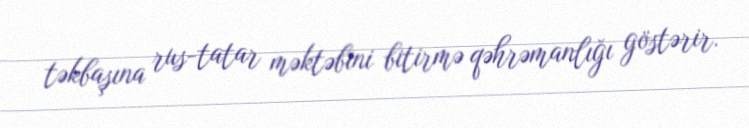
təkbaşına rus-tatar məktəbini bitirmə qəhrəmanlığı göstərir.